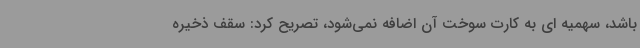
باشد، سهمیه ای به کارت سوخت آن اضافه نمی‌شود، تصریح کرد: سقف ذخیره